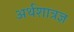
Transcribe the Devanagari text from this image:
अर्थशात्रज्ञ